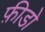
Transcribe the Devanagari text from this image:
फ़ीडो